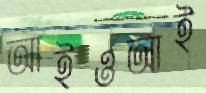
আইওআই